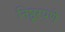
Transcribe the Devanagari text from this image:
निष्ठूरपणे